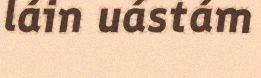
láin uástám